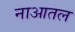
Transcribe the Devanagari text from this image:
नाआतल